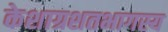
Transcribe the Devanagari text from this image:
केशाग्रशतभागस्य